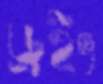
ড্রইং